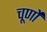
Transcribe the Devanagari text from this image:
चूर्णो